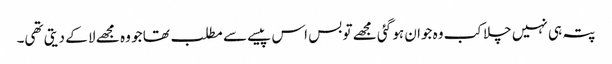
پتہ ہی نہیں چلا کب وہ جوان ہو گئی مجھے تو بس اس پیسے سے مطلب تھا جو وہ مجھے لا کے دیتی تھی۔